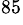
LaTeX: ^{85}